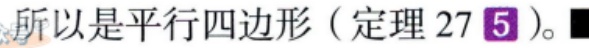
所以是平行四边形（定理 27 \textcircled{5}）。